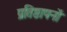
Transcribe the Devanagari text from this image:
प्रतिष्ठापनों